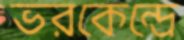
ভরকেন্দ্রে